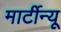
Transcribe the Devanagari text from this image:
मार्टीन्यू